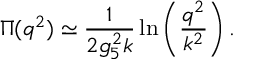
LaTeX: \Pi ( q ^ { 2 } ) \simeq { \frac { 1 } { 2 g _ { 5 } ^ { 2 } k } } \ln \left( { \frac { q ^ { 2 } } { k ^ { 2 } } } \right) .